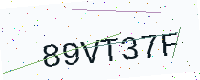
Text: 89VT37F